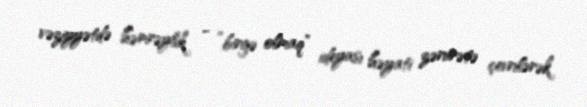
vəziyyətdə həmrəylik - “birgə olmaq” ideyası həyati zərurətə çevrilərək